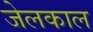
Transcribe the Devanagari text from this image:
जेलकाल